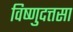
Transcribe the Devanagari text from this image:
विष्णुदत्तसा